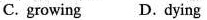
C. growing D.dying